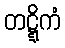
တဋ္ဋိကံ